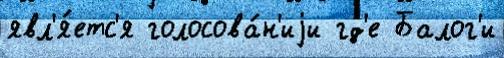
явл'я́етс'я голосова́н'иjи гд'е Балог'и